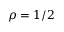
\rho = 1 / 2